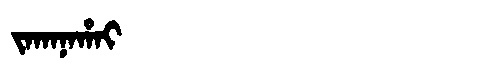
Manchu: ᠵᠠᡴᠠᠨᠠᡥᠠᡳ
Romanization: JAKANAHAI